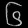
Digit: ၆